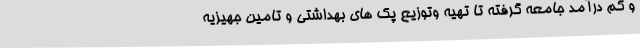
و کم درآمد جامعه گرفته تا تهیه وتوزیع پک های بهداشتی و تامین جهیزیه